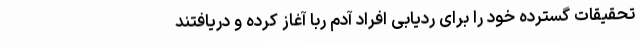
تحقیقات گسترده خود را برای ردیابی افراد آدم ربا آغاز کرده و دریافتند